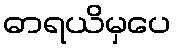
ဓာရယိမှပေ